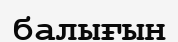
балығын